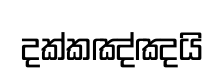
දක්කඤ්ඤයි